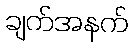
ချက်အနက်